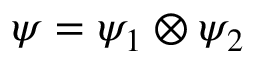
\psi = \psi _ { 1 } \otimes \psi _ { 2 }